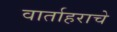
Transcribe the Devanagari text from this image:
वार्ताहराचे